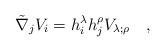
LaTeX: \begin{align*}\tilde{\nabla}_j V_i= h^{\lambda}_i h^{\rho}_jV_{\lambda;\rho}~~~,\end{align*}